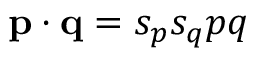
{ \bf p } \cdot { \bf q } = s _ { p } s _ { q } p q